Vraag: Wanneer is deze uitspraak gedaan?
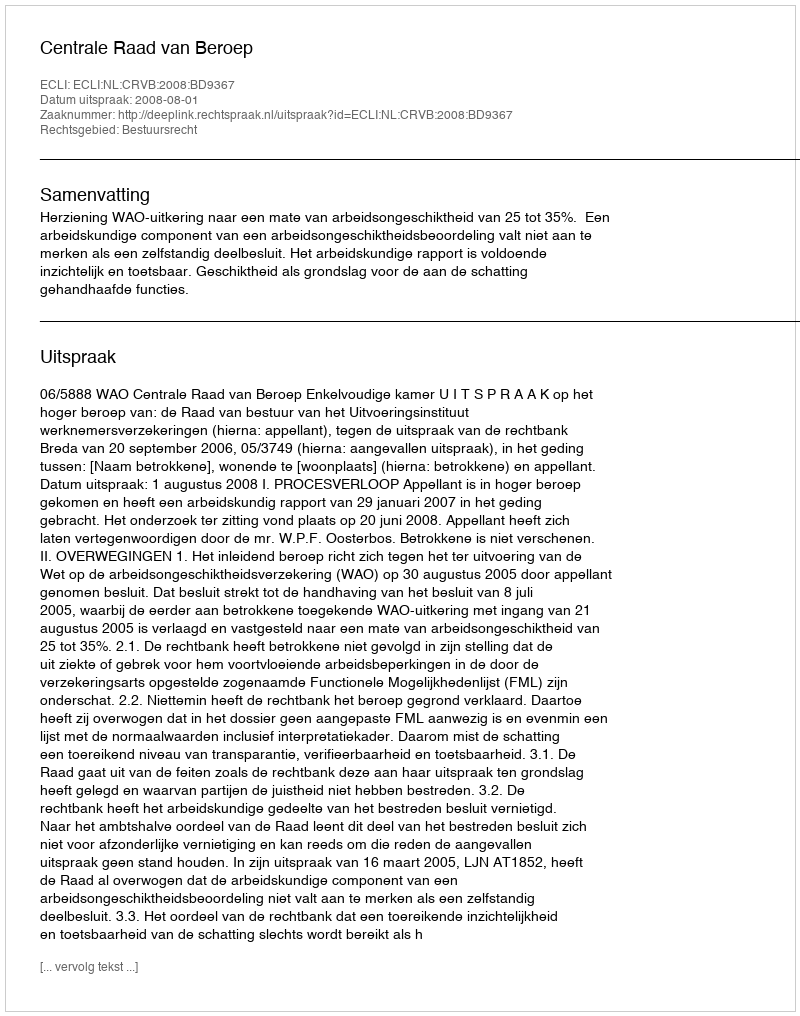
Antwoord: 2008-08-01